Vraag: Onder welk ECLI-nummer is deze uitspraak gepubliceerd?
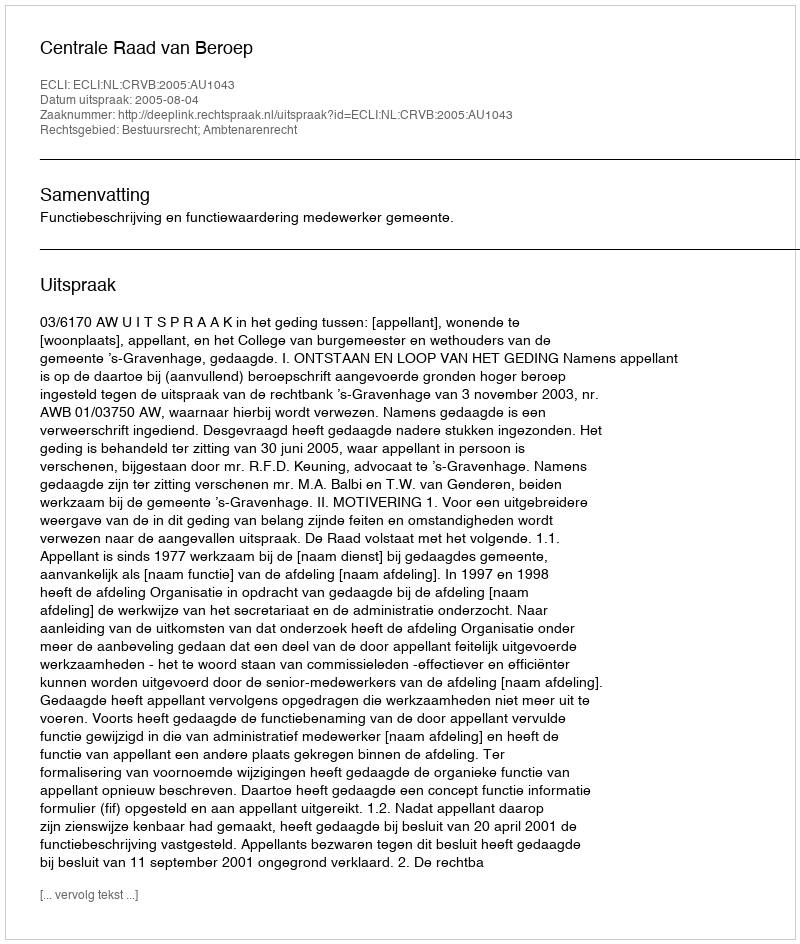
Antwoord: ECLI:NL:CRVB:2005:AU1043